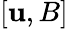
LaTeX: [\mathbf{u},B]